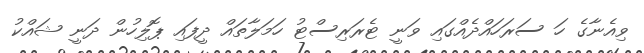
ވިއެނާގެ ހަ ސަރަހައްދެއްގައި ވަނީ ޓެރަރިސްޓު ހަމަލާތައް ދީފައި ޕޮލިހުން ދަނީ ޝައްކު